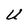
Character: U